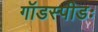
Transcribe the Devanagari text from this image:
गॉडस्पीडः